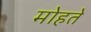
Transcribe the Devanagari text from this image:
मोहते